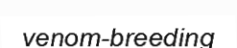
venom-breeding